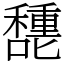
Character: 㘒